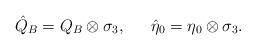
LaTeX: \begin{align*}{\hat Q}_B=Q_B \otimes \sigma_3, \,\,\,\,\,\,\,\,\, {\hat \eta}_0 = \eta_0 \otimes \sigma_3.\end{align*}